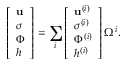
\left[ \begin{array} { l } { \mathbf { u } } \\ { \boldsymbol { \sigma } } \\ { \Phi } \\ { h } \end{array} \right] = \sum _ { i } \left[ \begin{array} { l } { \mathbf { u } ^ { ( i ) } } \\ { \boldsymbol { \sigma } ^ { ( i ) } } \\ { \Phi ^ { ( i ) } } \\ { h ^ { ( i ) } } \end{array} \right] \Omega ^ { i } .